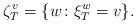
LaTeX: \begin{align*}\zeta_T^v = \{w\colon\xi_T^w = v\}. \end{align*}